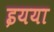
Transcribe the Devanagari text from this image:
इयया